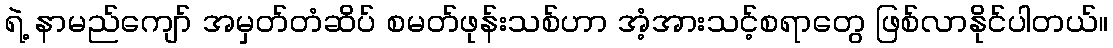
ရဲ့ နာမည်ကျော် အမှတ်တံဆိပ် စမတ်ဖုန်းသစ်ဟာ အံ့အားသင့်စရာတွေ ဖြစ်လာနိုင်ပါတယ်။